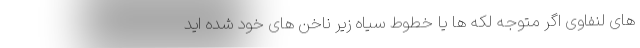
های لنفاوی اگر متوجه لکه ها یا خطوط سیاه زیر ناخن های خود شده اید